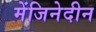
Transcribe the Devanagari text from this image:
मेंजिनेदीन